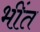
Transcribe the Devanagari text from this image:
भींत